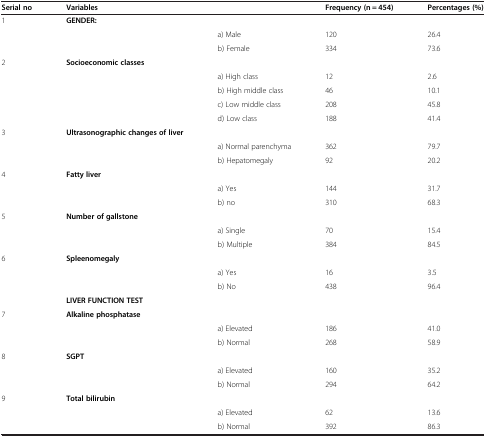
<table><thead><tr><td><b>Serial no</b></td><td><b>Variables</b></td><td><b> </b></td><td><b>Frequency (n = 454)</b></td><td><b>Percentages (%)</b></td></tr></thead><tbody><tr><td rowspan="3">1</td><td rowspan="3"><b>GENDER:</b></td><td> </td><td> </td><td> </td></tr><tr><td>a) Male</td><td>120</td><td>26.4</td></tr><tr><td>b) Female</td><td>334</td><td>73.6</td></tr><tr><td rowspan="5">2</td><td rowspan="5"><b>Socioeconomic classes</b></td><td> </td><td> </td><td> </td></tr><tr><td>a) High class</td><td>12</td><td>2.6</td></tr><tr><td>b) High middle class</td><td>46</td><td>10.1</td></tr><tr><td>c) Low middle class</td><td>208</td><td>45.8</td></tr><tr><td>d) Low class</td><td>188</td><td>41.4</td></tr><tr><td rowspan="3">3</td><td rowspan="3"><b>Ultrasonographic changes of liver</b></td><td> </td><td> </td><td> </td></tr><tr><td>a) Normal parenchyma</td><td>362</td><td>79.7</td></tr><tr><td>b) Hepatomegaly</td><td>92</td><td>20.2</td></tr><tr><td rowspan="3">4</td><td rowspan="3"><b>Fatty liver</b></td><td> </td><td> </td><td> </td></tr><tr><td>a) Yes</td><td>144</td><td>31.7</td></tr><tr><td>b) no</td><td>310</td><td>68.3</td></tr><tr><td rowspan="3">5</td><td rowspan="3"><b>Number of gallstone</b></td><td> </td><td> </td><td> </td></tr><tr><td>a) Single</td><td>70</td><td>15.4</td></tr><tr><td>b) Multiple</td><td>384</td><td>84.5</td></tr><tr><td rowspan="4">6</td><td rowspan="3"><b>Spleenomegaly</b></td><td> </td><td> </td><td> </td></tr><tr><td>a) Yes</td><td>16</td><td>3.5</td></tr><tr><td>b) No</td><td>438</td><td>96.4</td></tr><tr><td><b>LIVER FUNCTION TEST</b></td><td> </td><td> </td><td> </td></tr><tr><td rowspan="3">7</td><td rowspan="3"><b>Alkaline phosphatase</b></td><td> </td><td> </td><td> </td></tr><tr><td>a) Elevated</td><td>186</td><td>41.0</td></tr><tr><td>b) Normal</td><td>268</td><td>58.9</td></tr><tr><td rowspan="3">8</td><td rowspan="3"><b>SGPT</b></td><td> </td><td> </td><td> </td></tr><tr><td>a) Elevated</td><td>160</td><td>35.2</td></tr><tr><td>b) Normal</td><td>294</td><td>64.2</td></tr><tr><td rowspan="3">9</td><td rowspan="3"><b>Total bilirubin</b></td><td> </td><td> </td><td> </td></tr><tr><td>a) Elevated</td><td>62</td><td>13.6</td></tr><tr><td>b) Normal</td><td>392</td><td>86.3</td></tr></tbody></table>